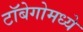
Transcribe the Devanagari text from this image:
टॉबेगोमध्ये